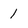
Character: 1